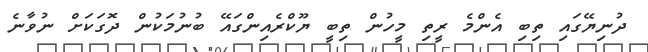
ދުނިޔޭގައި ތިބި އެންމެ ރީތި މީހުން ތިބީ ޔޫކްރެއިންގައޭ ބުނުމަކުން ދޮގަކަށް ނުވާނެ